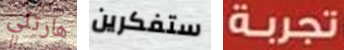
هارتلي ستفكرين تجربة